Report on vaccination in the Province of Bengal - 1874-1889
Year: 1874
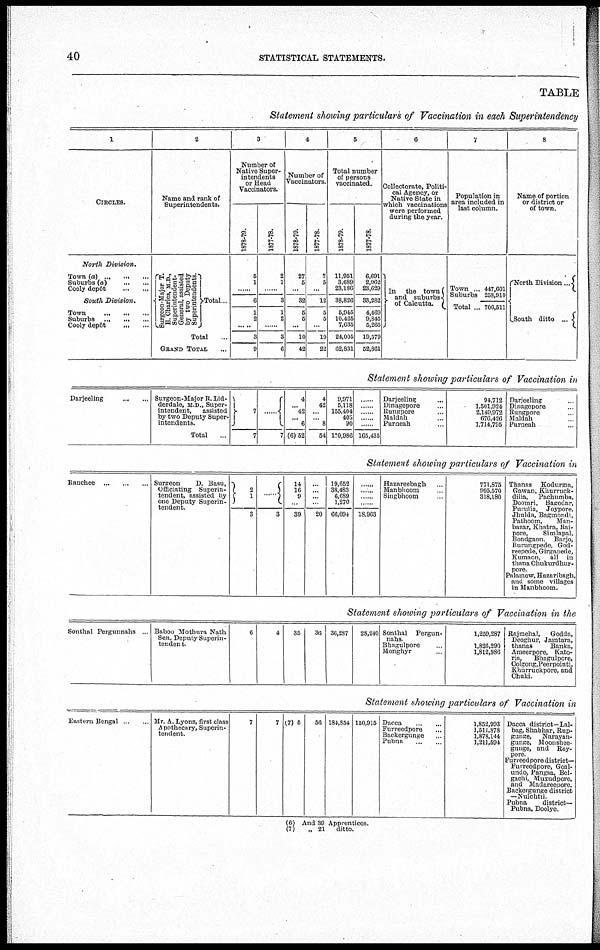
40
STATISTICAL STATEMENTS.
TABLE
Statement showing particulars of Vaccination in each Superintendency
1
CIRCLES.
North
Division.
Town (a) ... ... ...
Suburbs (a) ... ...
Cooly depôt ... ...
South Division.
Town
...
...
...
Suburbs ... ... ...
Cooly depôt
...
...
2
Name and rank of
Superintendents.
Surgeon-Major T.
E. Charles, M.D.,
Superintendent-
General, assisted
by two Deputy
Superintendents.
Total...
Total ...
GRAND TOTAL ...
3
Number of
Native Super-
intendents
or Head
Vaccinators.
1878-79.
5
1
......
6
1
2
3
9
1877-78.
2
1
......
3
1
2
......
3
6
4
Number of
Vaccinators.
1878-70.
27
5
...
32
5
5
...
10
42
1877-78.
7
5
...
12
5
5
...
10
22
6
Total number
of persons
vaccinated.
1878-79.
11,951
3,689
23,186
38,826
5,945
10,425
7,635
24,005
62,831
1877-78.
6,691
2,962
23,629
33,282
4,469
9,845
5,265
19,579
52,861
6
Collectorate, Politi-
cal Agency, or
Native State in
which vaccinations
were performed
during the year.
In the town
and suburbs
of Calcutta.
7
Population in
area included in
last column.
Town ... 447,601
Suburbs 258,910
Total ... 706,511
8
Name of portion
or district or
of town.
North Division ...
South ditto ...
Statement showing particulars of Vaccination in
Darjeeling ... ...
Surgeon-Major R.Lid-
derdale, M.D., Super-
intendent,
assisted
by two Deputy Super-
intendents.
Total ...
1
7
......
7
4
...
42
...
6
(6)52
4
42
...
... 8
54
9,971
5,118
155,404
403
90
170,986
......
......
......
......
......
165,435
Darjeeling ...
Dinagepore ...
Rungpore ...
Maldah ...
Purneah ...
91,712
1,501,924
2,149,972
676,426
1,714,795
Darjeeling ...
Dinagepore ...
Rungpore ...
Maldah ...
Purneah ...
Statement showing particulars of Vaccination in
Ranchee
...
...
... Surgeon
D. Basu,
Officiating Superin-
tendent, assisted by
one Deputy Superin-
tendent.
2
1
3
......
3
14
16
9
...
39
...
...
...
...
20
19,652
38,483
6,689
1,270
66,094
......
......
......
......
18,963
Hazareebagh ...
Manbhoom ...
Singbhoom ...
771,875
995,570
318,180
Thanas Kodurma,
Gawan, Knurruck-
dilia,
Pachumba,
Doomri, Bagodar,
Jhulda, Bagmondi,
Pathoom,
Man-
bazar, Khatra, Rai-
pore,
Simlapal,
Bondgaon. Barjo,
Burungpede, God-
reepede, Girgapede,
Kumaon, all in
thana Chukurdhur-
pore.
Palamow, Hazaribagh,
and some villages
in Manbhoom.
Statement showing particulars of Vaccination in the
Sonthal Pergunnahs ... Baboo Mothura Nath
Sen, Deputy Superin-
tendent.
6
4
35
36 36,287
28,240 Sonthal Pergun-
nahs.
Bhagulpore ...
Monghyr ...
1,259,287
1,826,290
1,812,986
Rajmehal,
Godda,
Deoghur, Jamtara,
thanas
Banka,
Ameerpore, Kato-
ria,
Bhagulpore,
Colgong,Peerpointi,
Khurruckpore, and
Chuki.
Statement showing particulars of Vaccination in
Eastern Bengal ... ... Mr. A. Lyons, first class
Apothecary, Superin-
tendent.
7
7 (7) 5
56 184,854 150,915 Dacca
...
...
Furreedpore ...
Backergunge ...
Pubna
1,852,993
1,511,878
1,878,144
1,211,594
Dacca district—Lai-
bag, Shabhar, Bup-
gunge,
Narayan-
gunge, Moonshee-
gunge, and Boy-
pore.
Furreedpore district—
Furreedpore, Goal-
undo, Pangsa, Bel-
gachi, Muxudpore,
and Madareepore.
Backergunge district
—Nulchtai.
Pubna
district—
Pubna, Doolye.
(6) And 39 Apprentices.
(7)
„ 21 ditto.